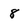
Character: 8